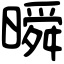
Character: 𣊬